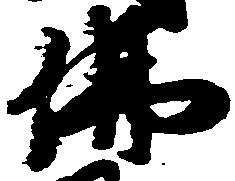
仏